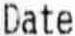
DATE